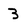
Character: 3